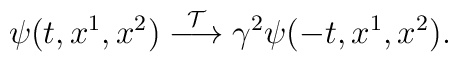
\psi(t, x^1, x^2)\stackrel{{\cal T}}{\longrightarrow}\gamma^2\psi(-t,x^1, x^2).